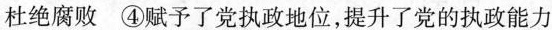
杜绝腐败④赋予了党执政地位，提升了党的执政能力